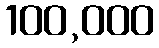
100,000